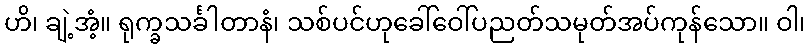
ဟိ၊ ချဲ့အံ့။ ရုက္ခသင်္ခါတာနံ၊ သစ်ပင်ဟုခေါ်ဝေါ်ပညတ်သမုတ်အပ်ကုန်သော။ ဝါ၊